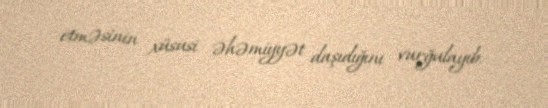
etməsinin xüsusi əhəmiyyət daşıdığını vurğulayıb.